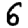
Digit: 6